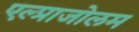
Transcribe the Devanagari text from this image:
एल्प्राजोलम